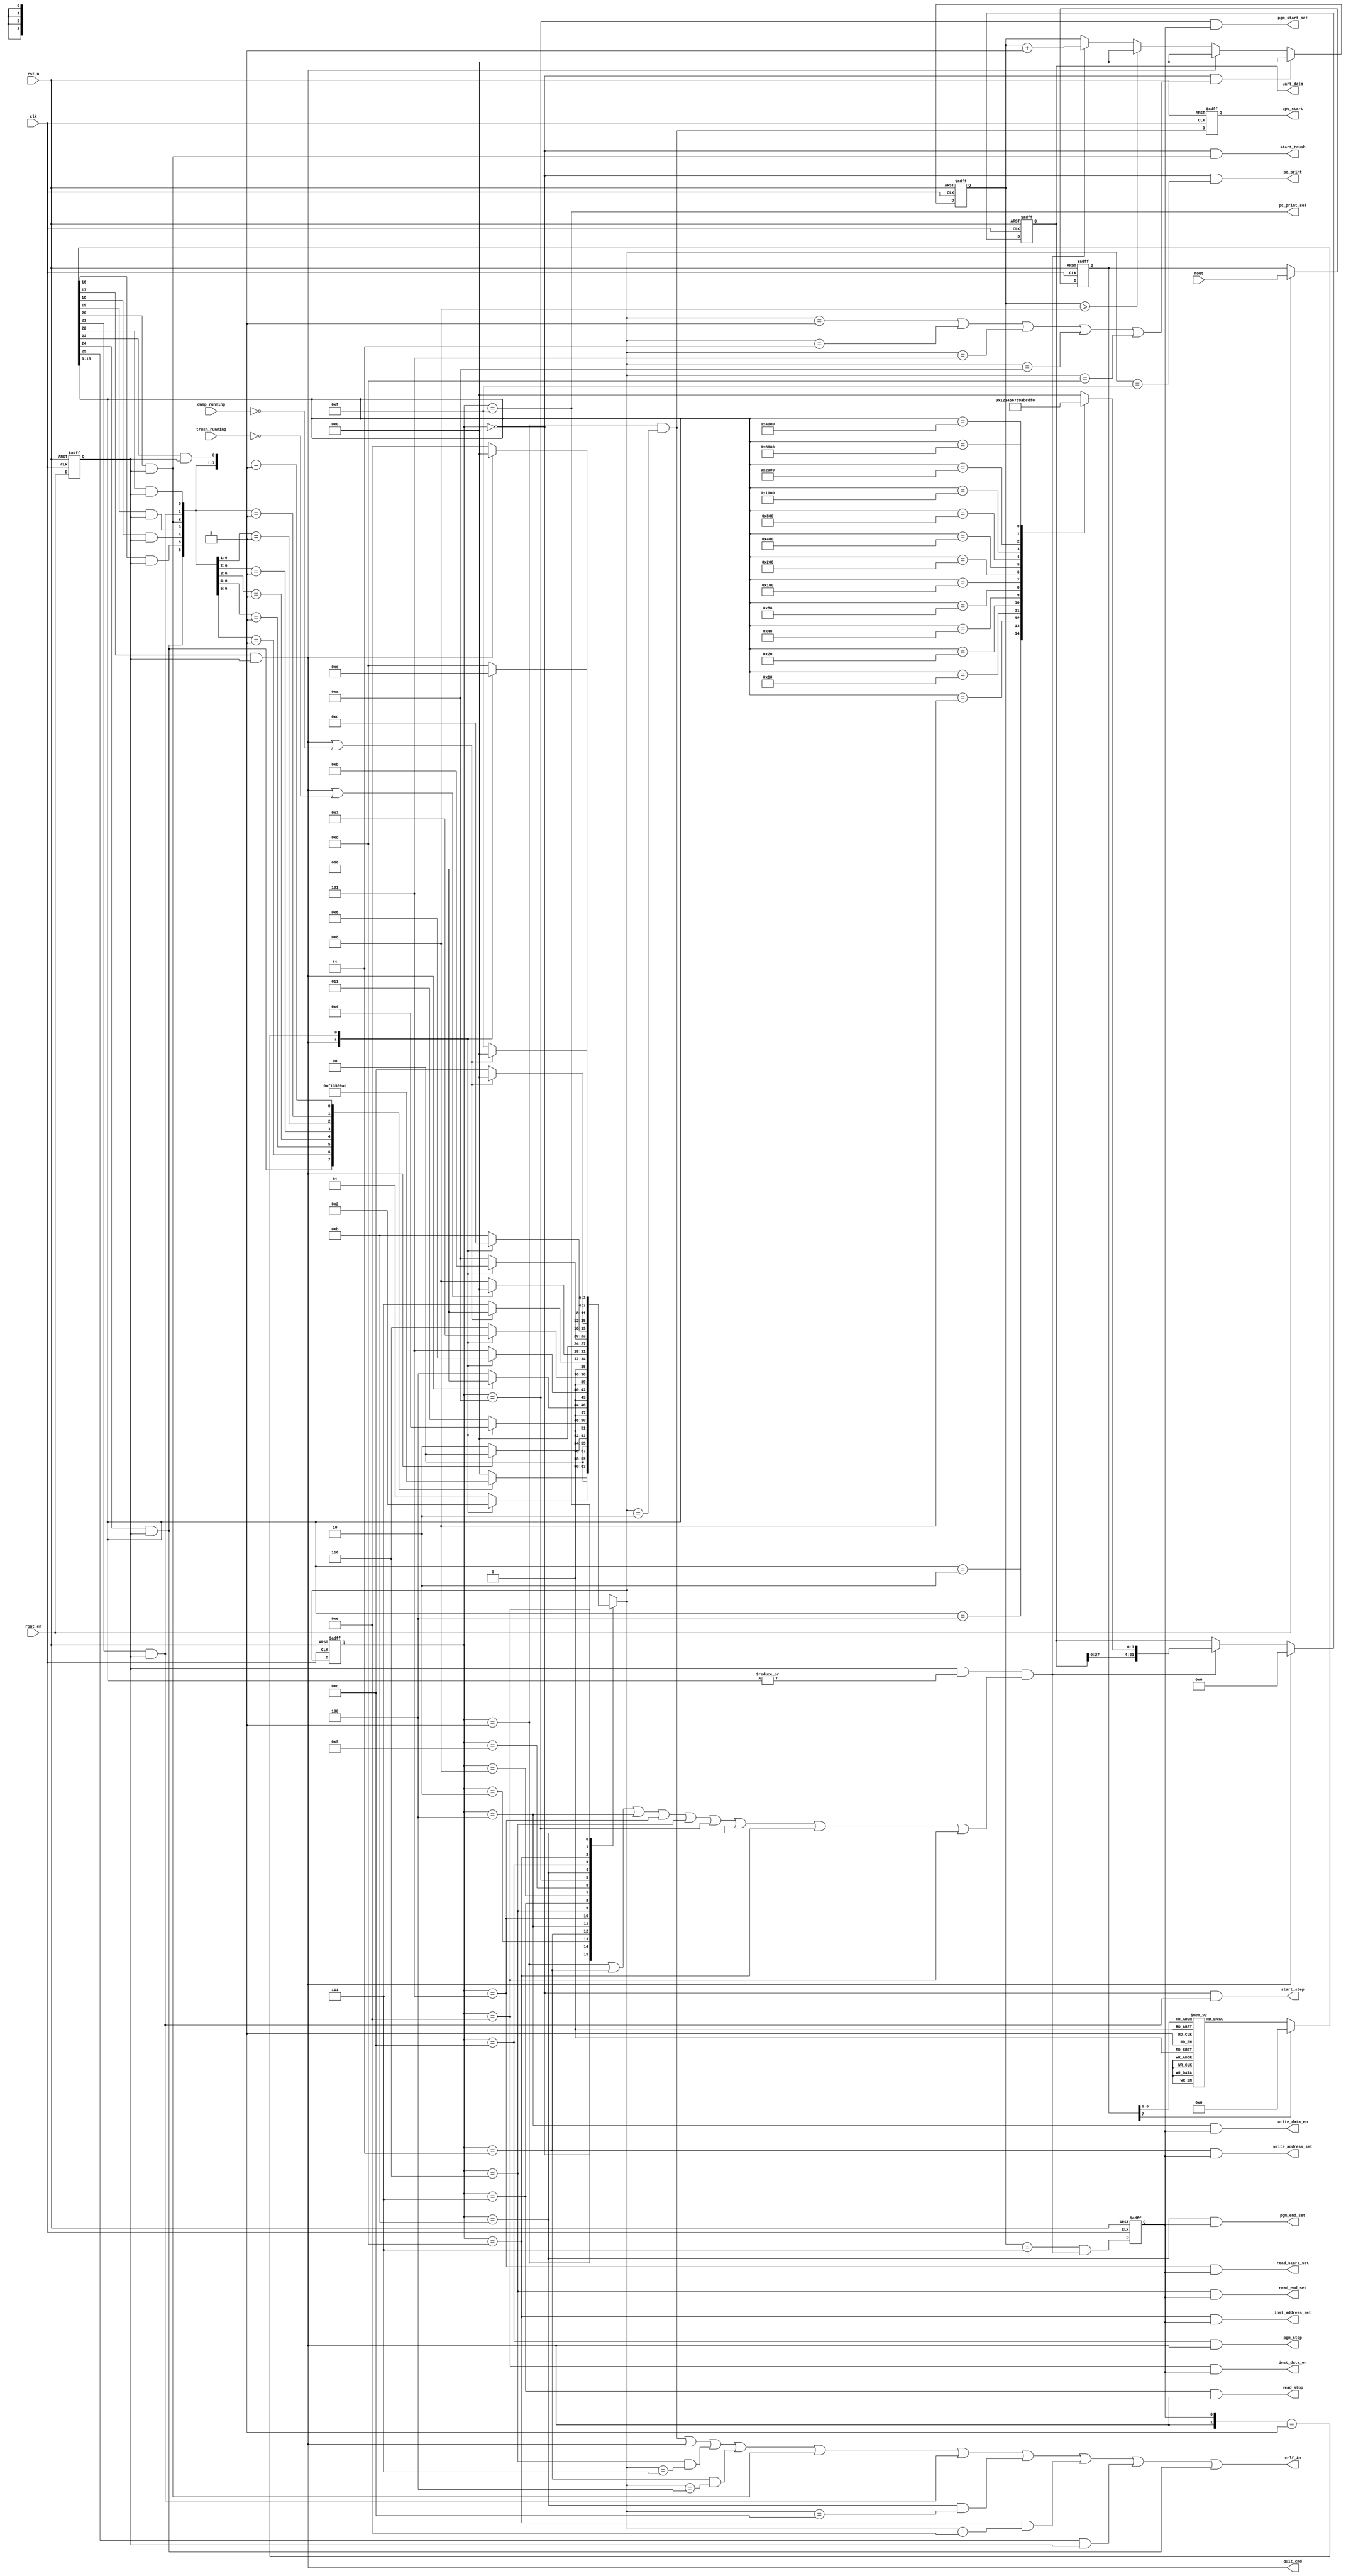
/*
 * My RISC-V RV32I CPU
 *   UART Monitor Record Character and Decode Command Module
 *    Verilog code
 * @auther		Yoshiki Kurokawa <yoshiki.k963@gmail.com>
 * @copylight	2021 Yoshiki Kurokawa
 * @license		https://opensource.org/licenses/MIT     MIT license
 * @version		0.1
 */

module uart_rec_char (
    input clk,
    input rst_n,
	input [7:0] rout,
	input rout_en,
	
	// from ctrl logics
	input dump_running,
	input trush_running,
	// to ctrl logics
	output [31:0] uart_data,
	output reg cpu_start,
	output write_address_set,
	output write_data_en,
	output read_start_set,
	output read_end_set,
	output read_stop,
	output start_trush,
	output start_step,
	output quit_cmd,
	output pgm_start_set,
	output pgm_end_set,
	output pgm_stop,
	output inst_address_set,
	output inst_data_en,
	output pc_print,
	output pc_print_sel,
	output crlf_in
	//output reg [3:0] cmd_status,
	//output reg data_en,
	//output [2:0] test
	
);

// read data decoder

reg [7:0] pdata;
reg data_en;

always @ (posedge clk or negedge rst_n) begin
    if (~rst_n)
        pdata <= 8'd0;
    else if (rout_en)
        pdata <= rout;
end

always @ (posedge clk or negedge rst_n) begin
    if (~rst_n)
		data_en <= 1'b0;
	else
		data_en <= rout_en;
end

function [25:0] data_decoder;
input [7:0] pdata;
begin
	case(pdata)
		8'h30 : data_decoder = 26'b00_0000_0000_0000_0000_0000_0001; // 0
		8'h31 : data_decoder = 26'b00_0000_0000_0000_0000_0000_0010; // 1
		8'h32 : data_decoder = 26'b00_0000_0000_0000_0000_0000_0100; // 2
		8'h33 : data_decoder = 26'b00_0000_0000_0000_0000_0000_1000; // 3
		8'h34 : data_decoder = 26'b00_0000_0000_0000_0000_0001_0000; // 4
		8'h35 : data_decoder = 26'b00_0000_0000_0000_0000_0010_0000; // 5
		8'h36 : data_decoder = 26'b00_0000_0000_0000_0000_0100_0000; // 6
		8'h37 : data_decoder = 26'b00_0000_0000_0000_0000_1000_0000; // 7
		8'h38 : data_decoder = 26'b00_0000_0000_0000_0001_0000_0000; // 8
		8'h39 : data_decoder = 26'b00_0000_0000_0000_0010_0000_0000; // 9
		8'h61 : data_decoder = 26'b00_0000_0000_0000_0100_0000_0000; // a
		8'h62 : data_decoder = 26'b00_0000_0000_0000_1000_0000_0000; // b
		8'h63 : data_decoder = 26'b00_0000_0000_0001_0000_0000_0000; // c
		8'h64 : data_decoder = 26'b00_0000_0000_0010_0000_0000_0000; // d
		8'h65 : data_decoder = 26'b00_0000_0000_0100_0000_0000_0000; // e
		8'h66 : data_decoder = 26'b00_0000_0000_1000_0000_0000_0000; // f
		8'h67 : data_decoder = 26'b00_0000_0001_0000_0000_0000_0000; // g : go PC to address (run program)
		8'h71 : data_decoder = 26'b00_0000_0010_0000_0000_0000_0000; // q : quit,stop,finish
		8'h77 : data_decoder = 26'b00_0000_0100_0000_0000_0000_0000; // w : write data memory
		8'h72 : data_decoder = 26'b00_0000_1000_0000_0000_0000_0000; // r : read data memory and dump
		8'h74 : data_decoder = 26'b00_0001_0000_0000_0000_0000_0000; // t : trushed memory and 0 clear
		8'h73 : data_decoder = 26'b00_0010_0000_0000_0000_0000_0000; // s : step execution
		8'h70 : data_decoder = 26'b00_0100_0000_0000_0000_0000_0000; // p : read instruction memory
		8'h69 : data_decoder = 26'b00_1000_0000_0000_0000_0000_0000; // i : write instruction memory		
		8'h6a : data_decoder = 26'b01_0000_0000_0000_0000_0000_0000; // j : print PC
		8'h0d : data_decoder = 26'b10_0000_0000_0000_0000_0000_0000; // CR : change to CRLF
		default : data_decoder = 25'd0;
	endcase
end
endfunction

wire [25:0] decode_bits = data_decoder( pdata );

function [3:0] bin_encoder;
input [15:0] hot_code;
begin
	case(hot_code)
		16'b0000_0000_0000_0001 : bin_encoder = 4'h0;
		16'b0000_0000_0000_0010 : bin_encoder = 4'h1;
		16'b0000_0000_0000_0100 : bin_encoder = 4'h2;
		16'b0000_0000_0000_1000 : bin_encoder = 4'h3;
		16'b0000_0000_0001_0000 : bin_encoder = 4'h4;
		16'b0000_0000_0010_0000 : bin_encoder = 4'h5;
		16'b0000_0000_0100_0000 : bin_encoder = 4'h6;
		16'b0000_0000_1000_0000 : bin_encoder = 4'h7;
		16'b0000_0001_0000_0000 : bin_encoder = 4'h8;
		16'b0000_0010_0000_0000 : bin_encoder = 4'h9;
		16'b0000_0100_0000_0000 : bin_encoder = 4'ha;
		16'b0000_1000_0000_0000 : bin_encoder = 4'hb;
		16'b0001_0000_0000_0000 : bin_encoder = 4'hc;
		16'b0010_0000_0000_0000 : bin_encoder = 4'hd;
		16'b0100_0000_0000_0000 : bin_encoder = 4'he;
		16'b1000_0000_0000_0000 : bin_encoder = 4'hf;
		default : bin_encoder = 4'h0;
	endcase
end
endfunction

wire [3:0] half_data = bin_encoder( decode_bits[15:0] ) ;
wire num_char = | decode_bits[15:0];
//assign test = decode_bits[18:16];
//assign test = pdata[2:0];

wire cmd_g = decode_bits[16] & data_en;
wire cmd_q = decode_bits[17] & data_en;
wire cmd_w = decode_bits[18] & data_en;
wire cmd_r = decode_bits[19] & data_en;
wire cmd_t = decode_bits[20] & data_en;
wire cmd_s = decode_bits[21] & data_en;
wire cmd_p = decode_bits[22] & data_en;
wire cmd_i = decode_bits[23] & data_en;
wire cmd_j = decode_bits[24] & data_en;
wire cmd_crlf = decode_bits[25] & data_en;

// command format
// g : goto PC address ( run program until quit ) : format:  g <start addess>
// q : quit from any command                      : format:  q
// w : write date to memory                       : format:  w <start adderss> <data> ....<data> q
// r : read data from memory                      : format:  r <start address> <end adderss>
// t : trashed memory data and 0 clear            : format:  t
// s : program step execution                     : format:  s
// p : read instruction memory                    : format:  p <start address> <end adderss>
// i : write instruction memory                   : format:  i <start adderss> <data> ....<data> q
// j : print current PC value                     : format:  j
// state machine

reg word_valid;

reg [3:0] cmd_status;
wire [3:0] next_cmd_status;

`define C_STAIDLE 4'd0
`define C_GSETNUM 4'd1
`define C_GOTONUM 4'd2
`define C_WADRNUM 4'd3
`define C_WDATNUM 4'd4
`define C_RSTARTN 4'd5
`define C_RENDNUM 4'd6
`define C_RDUMPDT 4'd7
`define C_TRUSHDT 4'd8
`define C_STEPRUN 4'd9 // not implimented
`define C_IRDSTAR 4'd10
`define C_IRDENDN 4'd11
`define C_IRDDUMP 4'd12
`define C_IWTADRN 4'd13
`define C_IWTDATA 4'd14
`define C_PCPRINT 4'd15


function [3:0] cmd_statemachine;
input [3:0] cmd_status;
input cmd_g;
input cmd_q;
input cmd_w;
input cmd_r;
input cmd_t;
input cmd_s;
input cmd_p;
input cmd_i;
input cmd_j;
input word_valid;
input dump_running;
input trush_running;

begin
	case(cmd_status)
		`C_STAIDLE :
			casez({cmd_j,cmd_g,cmd_w,cmd_r,cmd_t,cmd_s,cmd_p,cmd_i})
				8'b1???_???? : cmd_statemachine = `C_PCPRINT;
				8'b01??_???? : cmd_statemachine = `C_GSETNUM;
				8'b001?_???? : cmd_statemachine = `C_WADRNUM;
				8'b0001_???? : cmd_statemachine = `C_RSTARTN;
				8'b0000_1??? : cmd_statemachine = `C_TRUSHDT;
				8'b0000_01?? : cmd_statemachine = `C_STEPRUN;
				8'b0000_001? : cmd_statemachine = `C_IRDSTAR;
				8'b0000_0001 : cmd_statemachine = `C_IWTADRN;
				default   : cmd_statemachine = `C_STAIDLE;
			endcase
		`C_GSETNUM :
			casez({cmd_q,word_valid})
				2'b1? : cmd_statemachine = `C_STAIDLE;
				2'b01 : cmd_statemachine = `C_GOTONUM;
				default : cmd_statemachine = `C_GSETNUM;
			endcase
		`C_GOTONUM :
			if (cmd_q)
				cmd_statemachine = `C_STAIDLE;
			else
				cmd_statemachine = `C_GOTONUM;
		`C_WADRNUM :
			casez({cmd_q,word_valid})
				2'b1? : cmd_statemachine = `C_STAIDLE;
				2'b01 : cmd_statemachine = `C_WDATNUM;
				default : cmd_statemachine = `C_WADRNUM;
			endcase
		`C_WDATNUM :
			if (cmd_q)
				cmd_statemachine = `C_STAIDLE;
			else
				cmd_statemachine = `C_WDATNUM;
		`C_RSTARTN :
			casez({cmd_q,word_valid})
				2'b1? : cmd_statemachine = `C_STAIDLE;
				2'b01 : cmd_statemachine = `C_RENDNUM;
				default : cmd_statemachine = `C_RSTARTN;
			endcase
		`C_RENDNUM :
			casez({cmd_q,word_valid})
				2'b1? : cmd_statemachine = `C_STAIDLE;
				2'b01 : cmd_statemachine = `C_RDUMPDT;
				default : cmd_statemachine = `C_RENDNUM;
			endcase
		`C_RDUMPDT :
			if (cmd_q | ~dump_running)
				cmd_statemachine = `C_STAIDLE;
			else
				cmd_statemachine = `C_RDUMPDT;
		`C_TRUSHDT :
			if (cmd_q | ~trush_running)
				cmd_statemachine = `C_STAIDLE;
			else
				cmd_statemachine = `C_TRUSHDT;
		`C_STEPRUN :
			cmd_statemachine = `C_STAIDLE;
		`C_IRDSTAR :
			casez({cmd_q,word_valid})
				2'b1? : cmd_statemachine = `C_STAIDLE;
				2'b01 : cmd_statemachine = `C_IRDENDN;
				default : cmd_statemachine = `C_IRDSTAR;
			endcase
		`C_IRDENDN :
			casez({cmd_q,word_valid})
				2'b1? : cmd_statemachine = `C_STAIDLE;
				2'b01 : cmd_statemachine = `C_IRDDUMP;
				default : cmd_statemachine = `C_IRDENDN;
			endcase
		`C_IRDDUMP :
			if (cmd_q | ~dump_running)
				cmd_statemachine = `C_STAIDLE;
			else
				cmd_statemachine = `C_IRDDUMP;
		`C_IWTADRN :
			casez({cmd_q,word_valid})
				2'b1? : cmd_statemachine = `C_STAIDLE;
				2'b01 : cmd_statemachine = `C_IWTDATA;
				default : cmd_statemachine = `C_IWTADRN;
			endcase
		`C_IWTDATA :
			if (cmd_q)
				cmd_statemachine = `C_STAIDLE;
			else
				cmd_statemachine = `C_IWTDATA;
		`C_PCPRINT :
			if (cmd_q | ~dump_running)
				cmd_statemachine = `C_STAIDLE;
			else
				cmd_statemachine = `C_PCPRINT;
		default : cmd_statemachine = `C_STAIDLE;
	endcase
end
endfunction

assign next_cmd_status = cmd_statemachine(
							cmd_status,
							cmd_g,
							cmd_q,
							cmd_w,
							cmd_r,
							cmd_t,
							cmd_s,
							cmd_p,
							cmd_i,
							cmd_j,
							word_valid,
							dump_running,
							trush_running
							);

always @ (posedge clk or negedge rst_n) begin
	if (~rst_n)
		cmd_status <= `C_STAIDLE;
	else
		cmd_status <= next_cmd_status;
end

// decode signals

wire idle_status = ( cmd_status == `C_STAIDLE );
wire gcmd_setnum = ( cmd_status == `C_GSETNUM );
wire gcmd_setrun = ( cmd_status == `C_GOTONUM );
wire wcmd_setnum = ( cmd_status == `C_WADRNUM );
wire wcmd_setdat = ( cmd_status == `C_WDATNUM );
wire rcmd_setsta = ( cmd_status == `C_RSTARTN );
wire rcmd_setend = ( cmd_status == `C_RENDNUM );
wire rcmd_dumpdt = ( cmd_status == `C_RDUMPDT );
wire pcmd_setsta = ( cmd_status == `C_IRDSTAR );
wire pcmd_setend = ( cmd_status == `C_IRDENDN );
wire pcmd_dumpdt = ( cmd_status == `C_IRDDUMP );
wire icmd_setnum = ( cmd_status == `C_IWTADRN );
wire icmd_setdat = ( cmd_status == `C_IWTDATA );
wire jcmd_pcprnt = ( cmd_status == `C_PCPRINT );

wire g_crlf = ( cmd_status == `C_GSETNUM ) & ( next_cmd_status == `C_GOTONUM );
wire r_crlf = ( cmd_status == `C_RENDNUM ) & ( next_cmd_status == `C_RDUMPDT );
wire w_crlf = ( cmd_status == `C_WADRNUM ) & ( next_cmd_status == `C_WDATNUM );
wire p_crlf = ( cmd_status == `C_IRDENDN ) & ( next_cmd_status == `C_IRDDUMP );
wire i_crlf = ( cmd_status == `C_IWTADRN ) & ( next_cmd_status == `C_IWTDATA );
assign pc_print_sel = (cmd_status == `C_PCPRINT);
assign pc_print = idle_status & (next_cmd_status == `C_PCPRINT);

assign crlf_in = g_crlf | cmd_q | r_crlf | w_crlf | cmd_t | cmd_s | p_crlf | i_crlf | cmd_crlf | cmd_j;

// data setter

wire bin_data_set = data_en & num_char & (gcmd_setnum | wcmd_setnum | wcmd_setdat | rcmd_setsta | rcmd_setend
                                          | pcmd_setsta | pcmd_setend | icmd_setnum | icmd_setdat);

wire word_start =  idle_status & (( next_cmd_status == `C_GSETNUM )|( next_cmd_status == `C_WADRNUM )|
								  ( next_cmd_status == `C_RSTARTN )|( next_cmd_status == `C_IRDSTAR )|
								  ( next_cmd_status == `C_IWTADRN ));

reg [31:0] data_word;
reg [3:0] data_cntr;

always @ (posedge clk or negedge rst_n) begin
	if (~rst_n)
		data_word <= 32'd0;
	else if (cmd_q)
		data_word <= 32'd0;
	else if (bin_data_set)
		data_word <= { data_word[27:0], half_data };
end

always @ (posedge clk or negedge rst_n) begin
	if (~rst_n)
		data_cntr <= 4'd0;
	else if (word_start)
		data_cntr <= 4'd0;		
	else if (cmd_q)
		data_cntr <= 4'd0;
	else if (data_cntr >= 4'd8)
		data_cntr <= 4'd0;
	else if (bin_data_set)
		data_cntr <= data_cntr + 4'd1;
end

wire word_valid_pre = (data_cntr == 4'd7) & bin_data_set;

always @ (posedge clk or negedge rst_n) begin
	if (~rst_n)
		word_valid <= 1'b0;
	else
		word_valid <= word_valid_pre;
end

// g command

wire ctrl_valid = gcmd_setnum | wcmd_setnum | wcmd_setdat | rcmd_setsta | rcmd_setend
							  | pcmd_setsta | pcmd_setend | icmd_setnum | icmd_setdat;


assign uart_data = data_word;
/*
always @ (posedge clk or negedge rst_n) begin
	if (~rst_n)
		uart_data <= 32'd0;
	else if (ctrl_valid & word_valid)
		uart_data <= data_word;
end
*/

always @ (posedge clk or negedge rst_n) begin
	if (~rst_n)
		cpu_start <= 1'b0;
	else
		cpu_start <= g_crlf;
end

assign write_address_set = wcmd_setnum & word_valid;
assign write_data_en = wcmd_setdat & word_valid;
assign read_start_set = rcmd_setsta & word_valid;
assign read_end_set = rcmd_setend & word_valid;
assign read_stop = rcmd_dumpdt & cmd_q;
assign start_trush = idle_status & cmd_t;
assign start_step = idle_status & cmd_s;
assign quit_cmd = cmd_q;
assign pgm_start_set = pcmd_setsta & word_valid;
assign pgm_end_set = pcmd_setend & word_valid;
assign pgm_stop = pcmd_dumpdt & cmd_q;
assign inst_address_set = icmd_setnum & word_valid;
assign inst_data_en = icmd_setdat & word_valid;

/*
// w command

always @ (posedge clk or negedge rst_n) begin
	if (~rst_n)
		write_address_set <= 1'b0;
	else
		write_address_set <= wcmd_setnum & word_valid;
end

always @ (posedge clk or negedge rst_n) begin
	if (~rst_n)
		write_data_en <= 1'b0;
	else
		write_data_en <= wcmd_setdat & word_valid;
end

// r command

always @ (posedge clk or negedge rst_n) begin
	if (~rst_n)
		read_start_set <= 1'b0;
	else
		read_start_set <= rcmd_setsta & word_valid;
end

always @ (posedge clk or negedge rst_n) begin
	if (~rst_n)
		read_end_set <= 1'b0;
	else
		read_end_set <= rcmd_setend & word_valid;
end

always @ (posedge clk or negedge rst_n) begin
	if (~rst_n)
		read_stop <= 1'b0;
	else
		read_stop <= rcmd_dumpdt & cmd_q;
end

// t command

always @ (posedge clk or negedge rst_n) begin
	if (~rst_n)
		start_trush <= 1'b0;
	else
		start_trush <= idle_status & cmd_t;
end

// s command

always @ (posedge clk or negedge rst_n) begin
	if (~rst_n)
		start_step <= 1'b0;
	else
		start_step <= idle_status & cmd_s;
end

// q command

always @ (posedge clk or negedge rst_n) begin
	if (~rst_n)
		quit_cmd <= 1'b0;
	else
		quit_cmd <= cmd_q;
end

// p command

always @ (posedge clk or negedge rst_n) begin
	if (~rst_n)
		pgm_start_set <= 1'b0;
	else
		pgm_start_set <= pcmd_setsta & word_valid;
end

always @ (posedge clk or negedge rst_n) begin
	if (~rst_n)
		pgm_end_set <= 1'b0;
	else
		pgm_end_set <= pcmd_setend & word_valid;
end

always @ (posedge clk or negedge rst_n) begin
	if (~rst_n)
		pgm_stop <= 1'b0;
	else
		pgm_stop <= pcmd_dumpdt & cmd_q;
end

// i command

always @ (posedge clk or negedge rst_n) begin
	if (~rst_n)
		inst_address_set <= 1'b0;
	else
		inst_address_set <= icmd_setnum & word_valid;
end

always @ (posedge clk or negedge rst_n) begin
	if (~rst_n)
		inst_data_en <= 1'b0;
	else
		inst_data_en <= icmd_setdat & word_valid;
end
*/

endmodule